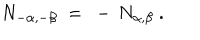
LaTeX: N _ { - \alpha , - \beta } ~ = ~ - \, N _ { \alpha , \beta } ~ .